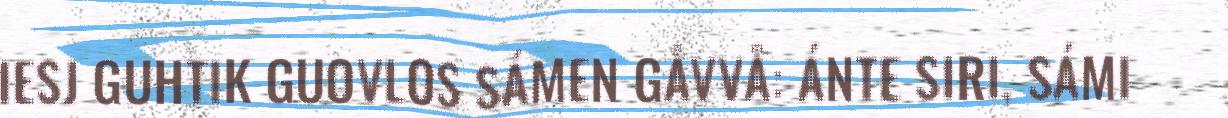
IESJ GUHTIK GUOVLOS SÁMEN GÅVVÅ: ÁNTE SIRI, SÁMI